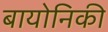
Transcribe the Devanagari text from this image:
बायोनिकी